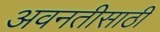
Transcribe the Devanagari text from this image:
अवनतीसाठी